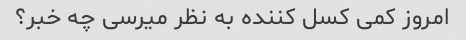
امروز کمی کسل کننده به نظر میرسی چه خبر؟